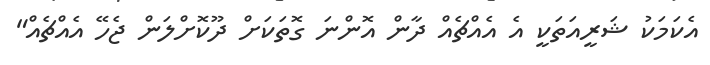
އެކަމަކު ޝަރީއަތަކީ އެ އެއްޗެއް ދާން އޮންނަ ގޮތަކަށް ދޫކޮށްލަން ޖެހޭ އެއްޗެއް"